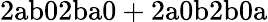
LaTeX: \mathrm{2ab02ba0+2a0b2b0a}